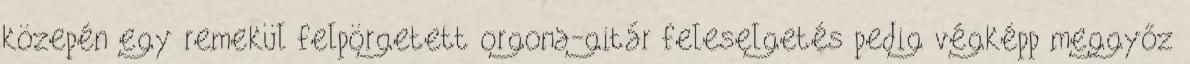
közepén egy remekül felpörgetett orgona-gitár feleselgetés pedig végképp meggyőz